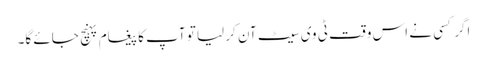
اگر کسی نے اس وقت ٹی وی سیٹ آن کر لیا تو آپ کا پیغام پہنچ جائے گا۔